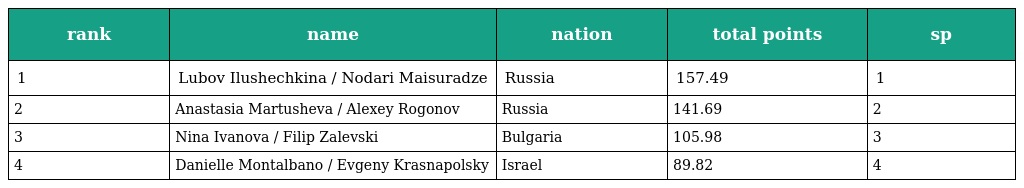
| rank | name | nation | total points | sp |
 | --- | --- | --- | --- | --- |
 | 1 | Lubov Ilushechkina / Nodari Maisuradze | Russia | 157.49 | 1 |
 | 2 | Anastasia Martusheva / Alexey Rogonov | Russia | 141.69 | 2 |
 | 3 | Nina Ivanova / Filip Zalevski | Bulgaria | 105.98 | 3 |
 | 4 | Danielle Montalbano / Evgeny Krasnapolsky | Israel | 89.82 | 4 |